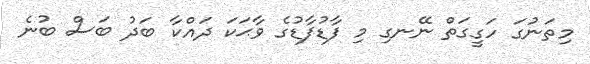
މިތަނުގަ ހަގީގަތް ނޭނގި މި ފާޑުފާޑުގެ ވާޙަކަ ދައްކާ ބަދު ބަސް ބުނެ